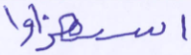
استهزئوا